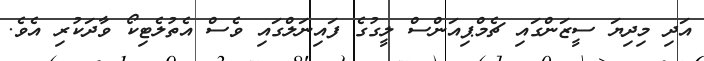
އަދި މިދިޔަ ސީޒަންގައި ޗެމްޕިއަންސް ލީގުގެ ފައިނަލްގައި ވެސް އެތުލެޓިކޯ ވާދަކުރި އެވެ.